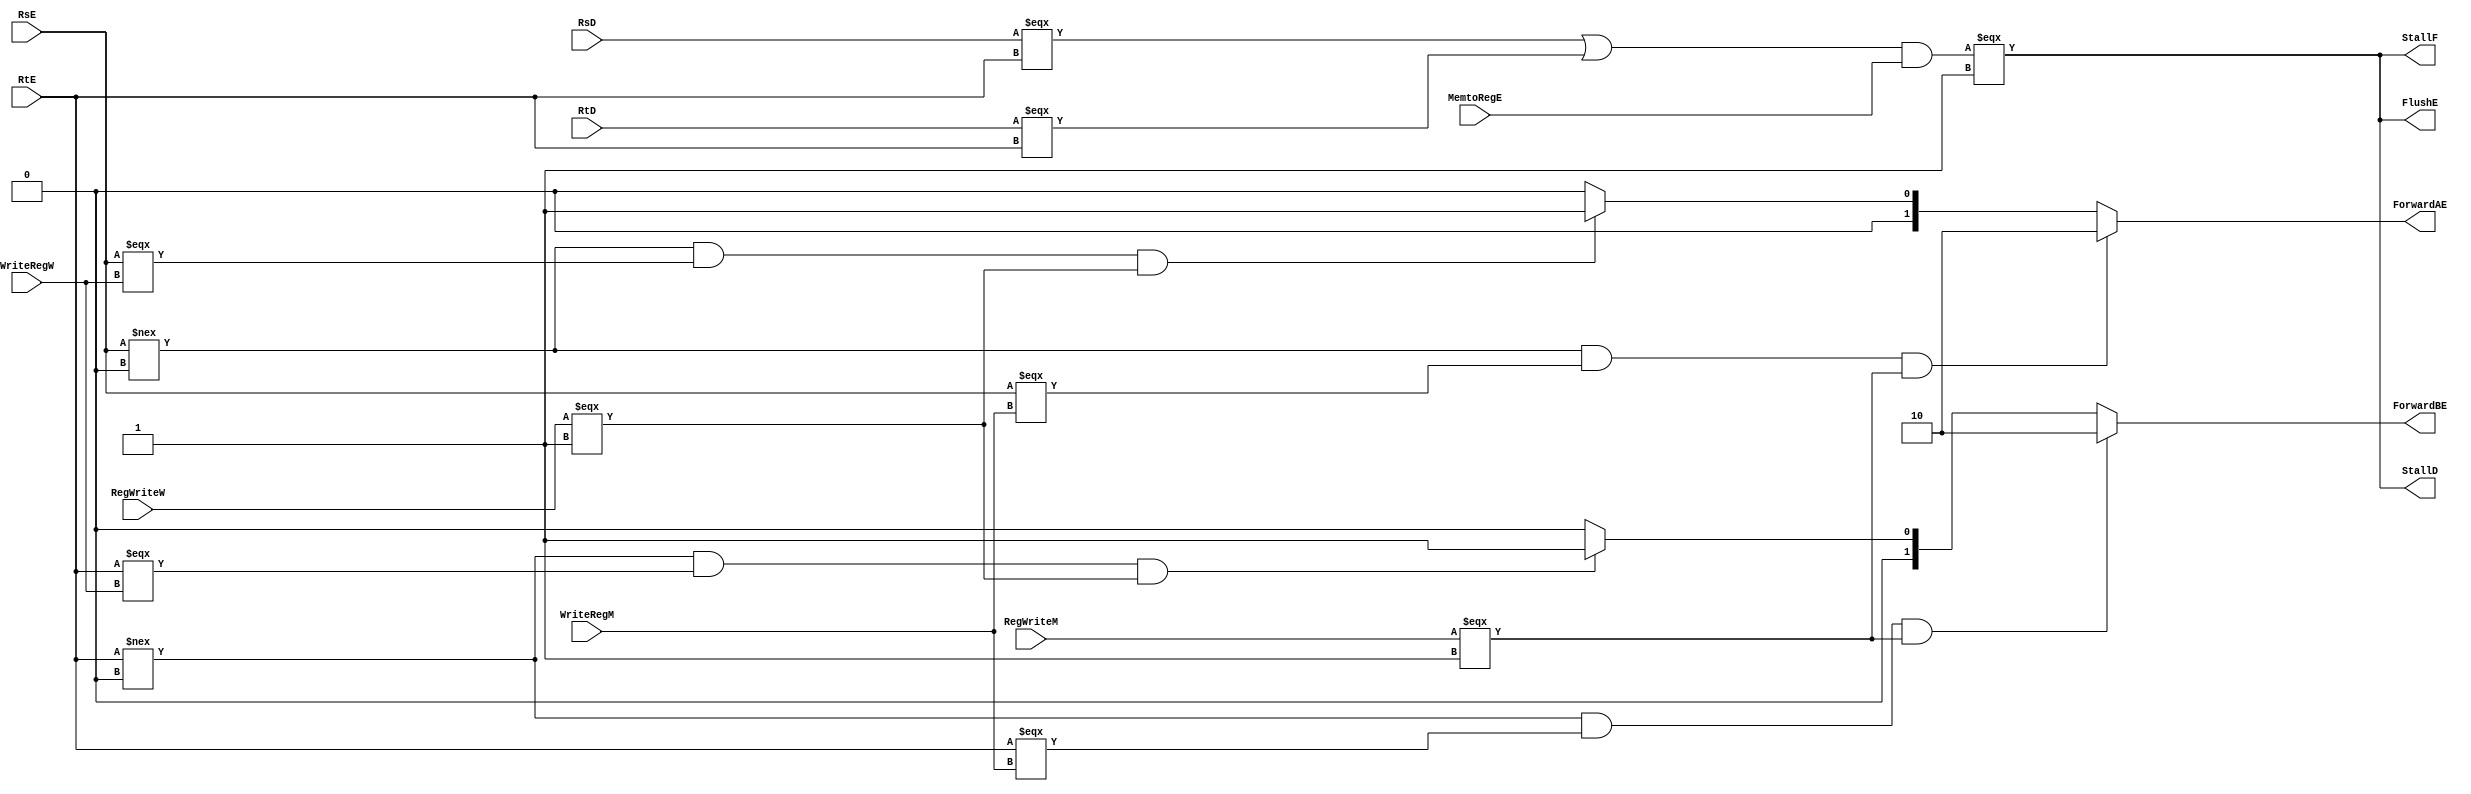
`timescale 1ns / 1ps
//////////////////////////////////////////////////////////////////////////////////
// Company: sharif University
// 
// Design Name: 	 pipe_line_project.
// Module Name:    DataHazard
// Project Name:   phase3
// Target Devices: 
// Tool versions: 
// Description: 
//
// Dependencies: 
//
// Revision: 
// Revision 0.01 - File Created
// Additional Comments: 
//
//////////////////////////////////////////////////////////////////////////////////
module HazardUnit (
	input [4:0] RsD,
	input [4:0] RtD,
	input [4:0] RsE,
	input [4:0] RtE,
	
	input [4:0] WriteRegM,
	input [4:0] WriteRegW,
	
	input RegWriteM,
	input RegWriteW,
	
	input MemtoRegE,
	
	output reg [1:0] ForwardAE,
	output reg [1:0] ForwardBE,
	
	output FlushE,
	output StallD,
	output StallF
);
	wire lwstall;
	
	assign lwstall = (((RsD === RtE) || (RtD === RtE)) && MemtoRegE);
	assign StallF = (lwstall===1'b1);
	assign StallD = (lwstall===1'b1);
	assign FlushE = (lwstall===1'b1);
	
	always@(*)
	begin
		//ForwardAE
		if ((RsE !== 5'b0) && (RsE === WriteRegM) && (RegWriteM === 1'b1))
			ForwardAE = 2'b10;
		else
		if ((RsE !== 5'b0) && (RsE === WriteRegW) && (RegWriteW === 1'b1))
			ForwardAE = 2'b01;
		else
			ForwardAE = 2'b00;
			
		//ForwardBE
		if ((RtE !== 5'b0) && (RtE === WriteRegM) && (RegWriteM === 1'b1)) 
			ForwardBE = 2'b10;
		else
		if ((RtE !== 5'b0) && (RtE === WriteRegW) && (RegWriteW === 1'b1))
			ForwardBE = 2'b01;
		else
			ForwardBE = 2'b00;
	end
	
endmodule